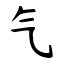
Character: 气